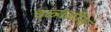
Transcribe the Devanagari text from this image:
चळ्वळीस